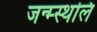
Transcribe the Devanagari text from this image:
जन्म्स्थलि